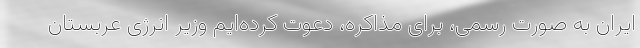
ایران به صورت رسمی، برای مذاکره، دعوت کرده‌ایم وزیر انرژی عربستان